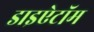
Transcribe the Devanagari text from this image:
डाइऐटॉम